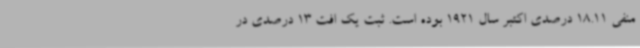
منفی 18.11 درصدی اکتبر سال 1921 بوده است. ثبت یک افت 13 درصدی در